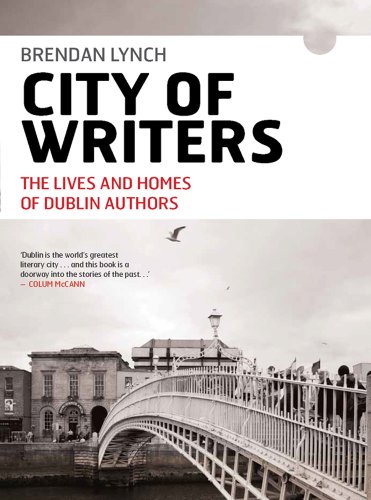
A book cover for City of Writers: The Lives and Homes of Dublin Authors; Brendan Lynch; Travel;